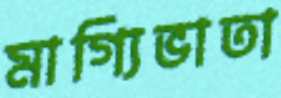
মাগ্যিভাতা